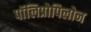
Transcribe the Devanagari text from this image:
पॉलिप्रोपिलोन